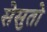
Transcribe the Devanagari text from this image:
सेसुतो